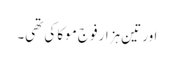
اور تین ہزار فوج موکا کی تھی۔